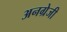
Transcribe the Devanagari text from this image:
अनग्रेजी